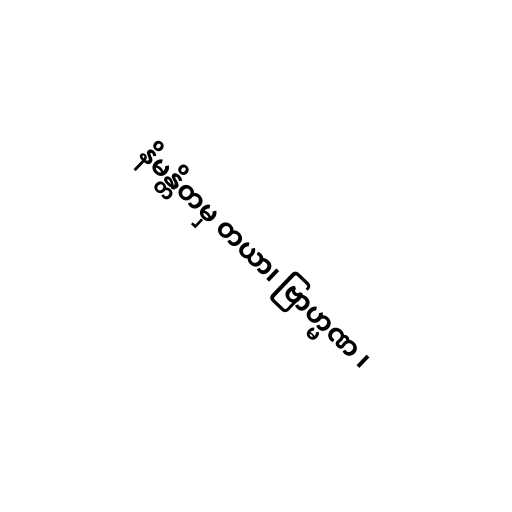
နိမန္တိတမှ တယာ၊ ဗြာဟ္မဏ ၊